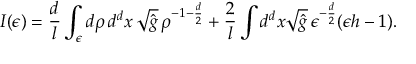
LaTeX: I ( \epsilon ) = \frac { d } l \int _ { \epsilon } d \rho \, d ^ { d } x \, \sqrt { \hat { g } } \, \rho ^ { - 1 - \frac { d } 2 } + \frac 2 l \int d ^ { d } x \sqrt { \hat { g } } \, \epsilon ^ { - \frac { d } 2 } ( \epsilon h - 1 ) .